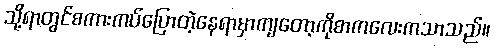
သို့ရာတွင်စကားကပ်ပြောတဲ့နေရာမှာကျတော့ကိုစာကလေးကသာသည်။